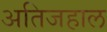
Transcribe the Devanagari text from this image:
अतिजहाल